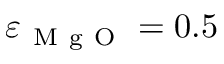
\varepsilon _ { \mathrm { ~ M ~ g ~ O ~ } } = 0 . 5